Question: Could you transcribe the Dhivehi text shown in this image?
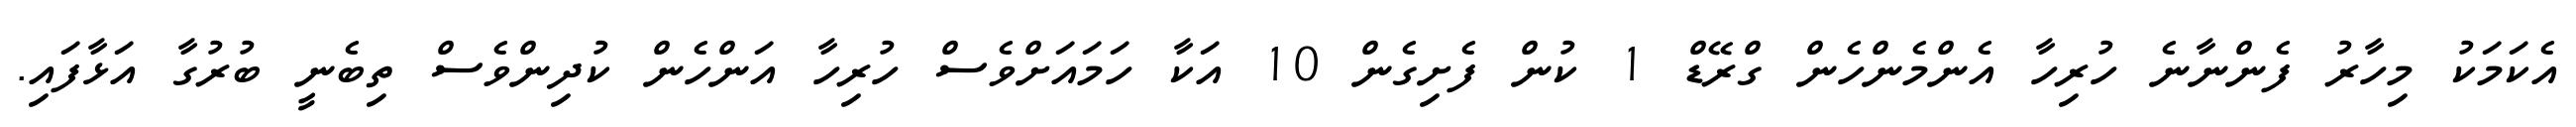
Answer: އެކަމަކު މިހާރު ފެންނާނެ ހުރިހާ އެންމެންހެން ގްރޭޑް 1 ކުން ފެށިގެން 10 އަކާ ހަމައަށްވެސް ހުރިހާ އަންހެން ކުދިންވެސް ތިބެނީ ބުރުގާ އަޅާފައި.